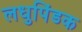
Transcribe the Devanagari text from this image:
लधुपिंडक